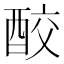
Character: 𨠦